Plague in India, 1896, 1897 - Volume 2
Year: 1896
Disease focus: Plague
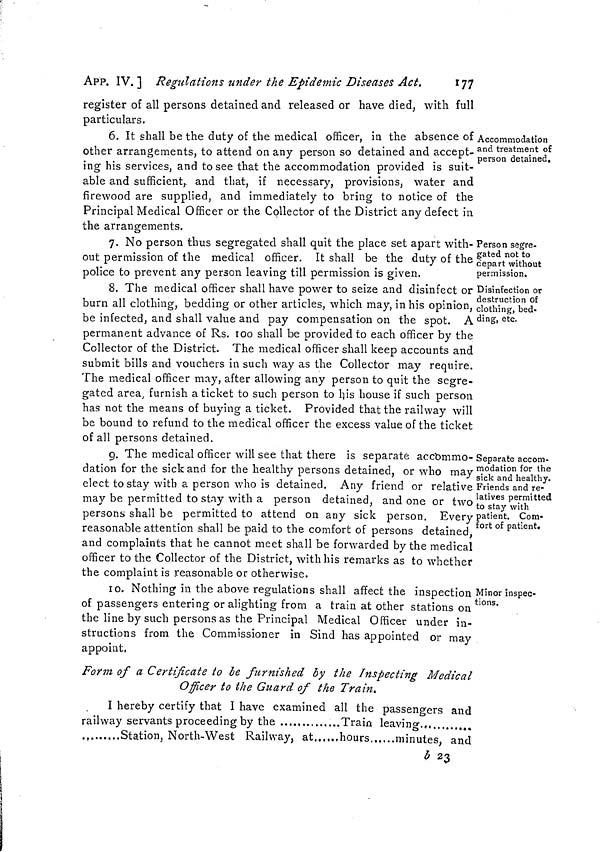
APP. IV. ] Regulations under the Epidemic Diseases Act.
177
register of all persons detained and released or have died, with full
particulars.
Accommodation
and treatment of
person detained.
6. It shall be the duty of the medical officer, in the absence of
other arrangements, to attend on any person so detained and accept-
ing his services, and to see that the accommodation provided is suit-
able and sufficient, and that, if necessary, provisions, water and
firewood are supplied, and immediately to bring to notice of the
Principal Medical Officer or the Collector of the District any defect in
the arrangements.
Person segre-
gated not to
depart without
permission.
7. No person thus segregated shall quit the place set apart with-
out permission of the medical officer. It shall be the duty of the
police to prevent any person leaving till permission is given.
Disinfection or
destruction of
clothing, bed-
ding, etc.
8. The medical officer shall have power to seize and disinfect or
burn all clothing, bedding or other articles, which may, in his opinion,
be infected, and shall value and pay compensation on the spot. A
permanent advance of Rs. 100 shall be provided to each officer by the
Collector of the District. The medical officer shall keep accounts and
submit bills and vouchers in such way as the Collector may require.
The medical officer may, after allowing any person to quit the segre-
gated area, furnish a ticket to such person to his house if such person
has not the means of buying a ticket. Provided that the railway will
be bound to refund to the medical officer the excess value of the ticket
of all persons detained.
Separate accom-
modation for the
sick and healthy.
Friends and re-
latives permitted
to stay with
patient. Com-
fort of patient.
g. The medical officer will see that there is separate accbmmo-
dation for the sick and for the healthy persons detained, or who may
elect to stay with a person who is detained. Any friend or relative
may be permitted to stay with a person detained, and one or two
persons shall be permitted to attend on any sick person. Every
reasonable attention shall be paid to the comfort of persons detained,
and complaints that he cannot meet shall be forwarded by the medical
officer to the Collector of the District, with his remarks as to whether
the complaint is reasonable or otherwise.
Minor inspec-
tions.
10. Nothing in the above regulations shall affect the inspection
of passengers entering or alighting from a train at other stations on
the line by such persons as the Principal Medical Officer under in-
structions from the Commissioner in Sind has appointed or may
appoint.
Form of a Certificate to be furnished by the Inspecting Medical
Officer to the Guard of the Train.
I hereby certify that I have examined all the passengers and
railway servants proceeding by the
Train leaving.
.,
Station, North-West Railway, at
hours
minutes, and
b 23